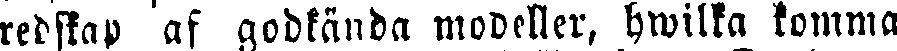
redskap af godkända modeller, hwilka komma